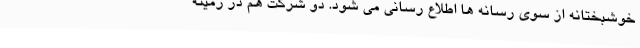
خوشبختانه از سوی رسانه‌ ها اطلاع‌ رسانی می‌ شود. دو شرکت هم در زمینه